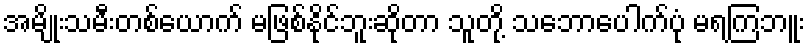
အမျိုးသမီးတစ်ယောက် မဖြစ်နိုင်ဘူးဆိုတာ သူတို့ သဘောပေါက်ပုံ မရကြဘူး